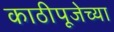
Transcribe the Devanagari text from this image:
काठीपूजेच्या